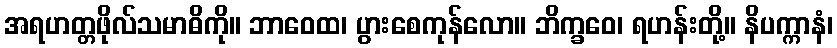
အရဟတ္တဖိုလ်သမာဓိကို။ ဘာဝေထ၊ ပွားစေကုန်လော။ ဘိက္ခဝေ၊ ရဟန်းတို့။ နိပက္ကာနံ၊